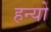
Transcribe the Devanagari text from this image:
हन्‍यो